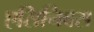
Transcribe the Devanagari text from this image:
एसिनिबस